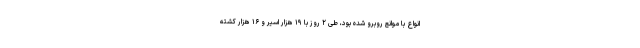
انواع با موانع روبرو شده بود، طی ۲ روز با ۱۹ هزار اسیر و ۱۶ هزار کشته